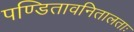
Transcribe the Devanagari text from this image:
पण्डितावनितालताः